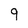
Character: 9